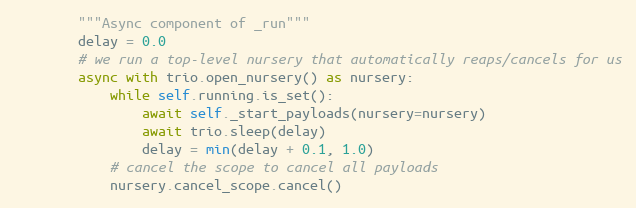
Language: Python
        """Async component of _run"""
        delay = 0.0
        # we run a top-level nursery that automatically reaps/cancels for us
        async with trio.open_nursery() as nursery:
            while self.running.is_set():
                await self._start_payloads(nursery=nursery)
                await trio.sleep(delay)
                delay = min(delay + 0.1, 1.0)
            # cancel the scope to cancel all payloads
            nursery.cancel_scope.cancel()